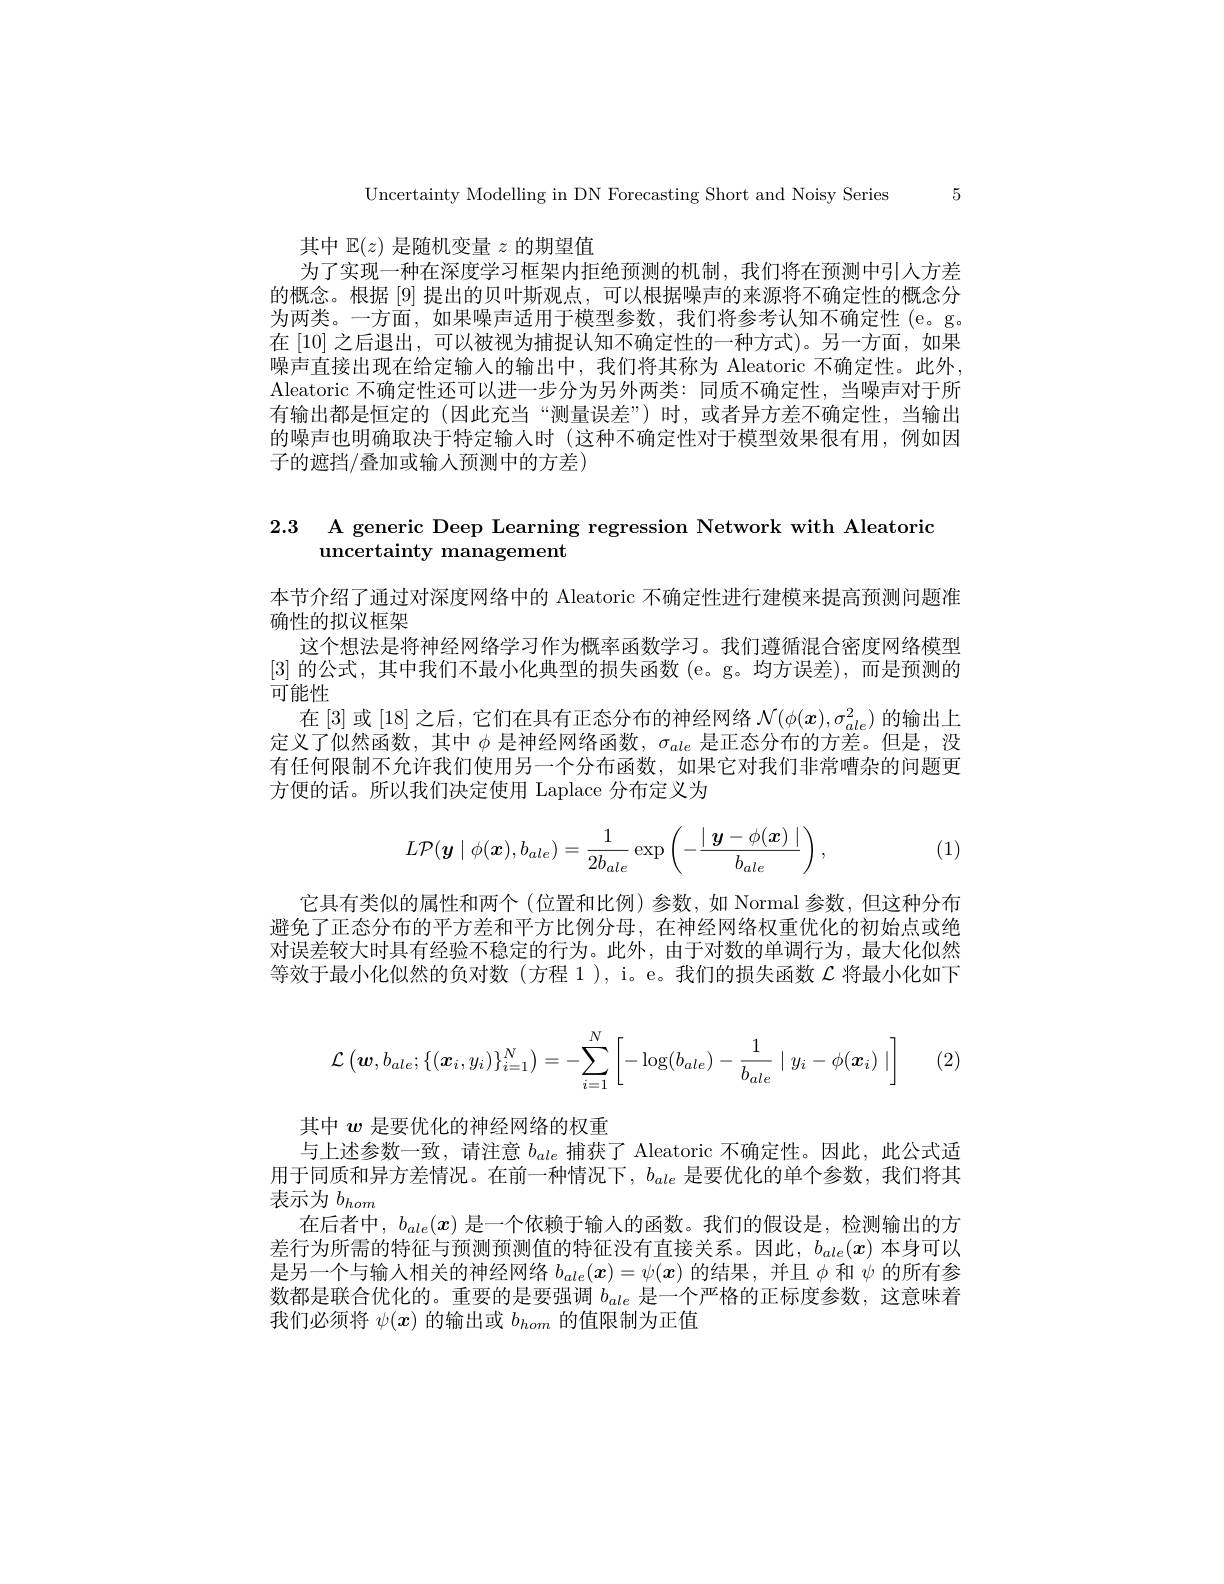
Uncertainty Modelling in DN Forecasting Short and Noisy Series 5

其中$\mathbb{E}(z)$是随机变量$z$的期望值
为了实现一种在深度学习框架内拒绝预测的机制，我们将在预测中引入方差的概念。根据[9]提出的贝叶斯观点，可以根据噪声的来源将不确定性的概念分为两类。一方面，如果噪声适用于模型参数，我们将参考认知不确定性(e。g. 在[10]之后退出，可以被视为捕捉认知不确定性的一种方式)。另一方面，如果噪声直接出现在给定输人的输出中，我们将其称为 Aleatoric 不确定性。此外， Aleatoric 不确定性还可以进一步分为另外两类：同质不确定性，当噪声对于所有输出都是恒定的 (因此充当“测量误差”)时，或者异方差不确定性，当输出的噪声也明确取决于特定输人时 (这种不确定性对于模型效果很有用，例如因子的遮挡/叠加或输人预测中的方差)

2.3 A generic Deep Learning regression Network with Aleatoric
## uncertainty management

本节介绍了通过对深度网络中的 Aleatoric 不确定性进行建模来提高预测问题准
确性的拟议框架
这个想法是将神经网络学习作为概率函数学习。我们遵循混合密度网络模型[3]的公式，其中我们不最小化典型的损失函数(e。g。均方误差),而是预测的可能性
在[3]或[18]之后，它们在具有正态分布的神经网络$\mathcal{N}(\phi(x),\sigma_{ale}^2)$的输出上定义了似然函数，其中$\phi$是神经网络函数，$\sigma_ale$是正态分布的方差。但是，没有任何限制不允许我们使用另一个分布函数，如果它对我们非常嘈杂的问题更方便的话。所以我们决定使用 Laplace 分布定义为
$$L\mathcal P(\boldsymbol y\mid\phi(\boldsymbol x),b_{ale})=\frac{1}{2b_{ale}}\exp\left(-\frac{\mid\boldsymbol y-\phi(\boldsymbol x)\mid}{b_{ale}}\right),$$
(1)

它具有类似的属性和两个 (位置和比例)参数，如 Normal 参数，但这种分布避免了正态分布的平方差和平方比例分母，在神经网络权重优化的初始点或绝对误差较大时具有经验不稳定的行为。此外，由于对数的单调行为，最大化似然等效于最小化似然的负对数(方程 1), i。e。我们的损失函数$\mathcal{L}$将最小化如下

(2)
$$\mathcal{L}\left(\boldsymbol{w},b_{ale};\{(\boldsymbol{x}_i,y_i)\}_{i=1}^N\right)=-\sum_{i=1}^N\left[-\log(b_{ale})-\frac{1}{b_{ale}}\mid y_i-\phi(\boldsymbol{x}_i)\mid\right]$$
其中$w$是要优化的神经网络的权重
与上述参数一致，请注意$b_{ale}$捕获了 Aleatoric 不确定性。因此，此公式适用于同质和异方差情况。在前一种情况下，$b_{ale}$是要优化的单个参数，我们将其表示为$b_{hom}$
在后者中，$b_{ale}(x)$是一个依赖于输入的函数。我们的假设是，检测输出的方差行为所需的特征与预测预测值的特征没有直接关系。因此，$b_{ale}(x)$本身可以是另一个与输人相关的神经网络$b_ale(x)=\psi(x)$的结果，并且$\phi$和$\psi$的所有参数都是联合优化的。重要的是要强调$b_{ale}$是一个严格的正标度参数，这意味着我们必须将$\psi(x)$的输出或$b_hom$的值限制为正值